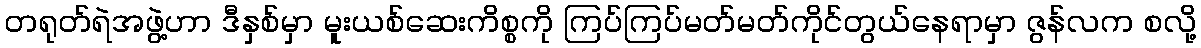
တရုတ်ရဲအဖွဲ့ဟာ ဒီနှစ်မှာ မူးယစ်ဆေးကိစ္စကို ကြပ်ကြပ်မတ်မတ်ကိုင်တွယ်နေရာမှာ ဇွန်လက စလို့